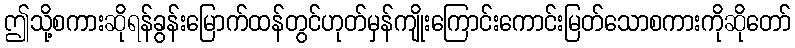
ဤသို့စကားဆိုရန်ခွန်းမြောက်ထန်တွင်ဟုတ်မှန်ကျိုးကြောင်းကောင်းမြတ်သောစကားကိုဆိုတော်